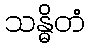
သန္ဓိတံ